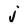
Character: j